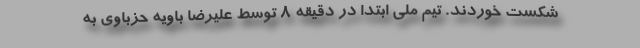
شکست خوردند. تیم ملی ابتدا در دقیقه ۸ توسط علیرضا باویه حزباوی به